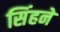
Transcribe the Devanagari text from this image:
सिंहने